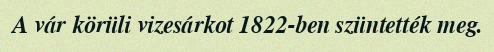
A vár körüli vizesárkot 1822-ben szüntették meg.